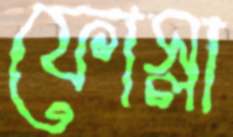
ফোস্‌লা